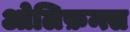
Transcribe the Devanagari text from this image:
ओलिफ़न्त्स